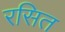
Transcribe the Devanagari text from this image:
रसित